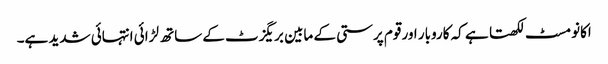
اکانومسٹ لکھتا ہے کہ کاروبار اور قوم پرستی کے مابین بریگزٹ کے ساتھ لڑائی انتہائی شدید ہے۔